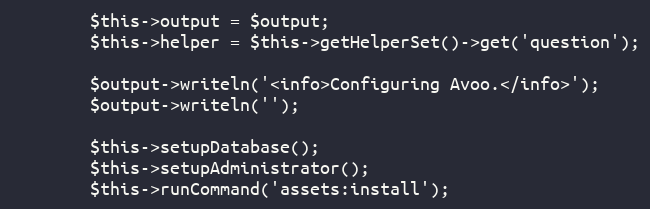
Language: PHP
        $this->output = $output;
        $this->helper = $this->getHelperSet()->get('question');

        $output->writeln('<info>Configuring Avoo.</info>');
        $output->writeln('');

        $this->setupDatabase();
        $this->setupAdministrator();
        $this->runCommand('assets:install');